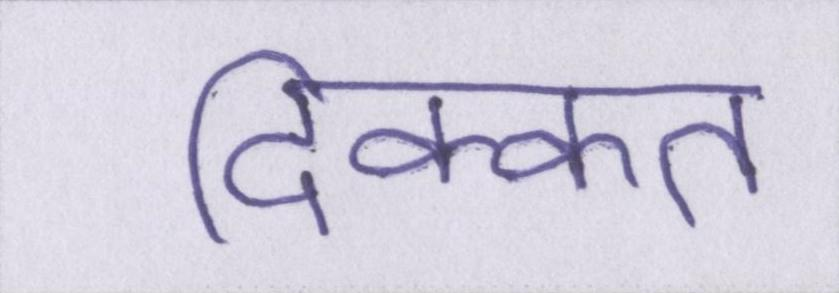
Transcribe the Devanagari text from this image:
दिक्कत